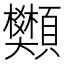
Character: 䫶